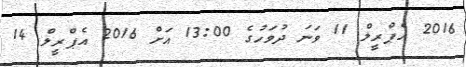
2016 އެޕްރީލް 11 ވަނަ ދުވަހުގެ 13:00 އަށް 2016 އެޕްރީލް 14